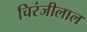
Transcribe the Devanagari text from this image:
चिरंजीलाल